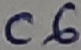
Text: C6